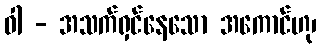
ဝါ - အသက်ရှင်နေသော အကောင်ဟု၊